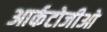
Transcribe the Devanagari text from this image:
आर्कटोजीओ